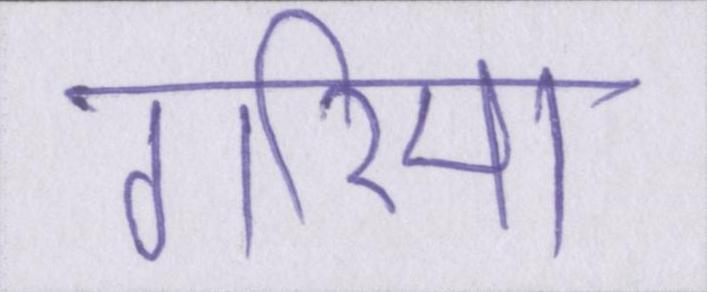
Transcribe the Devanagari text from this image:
गरिमा